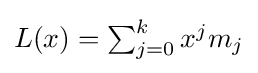
{\textstyle L(x)=\sum _{j=0}^{k}x^{j}m_{j}}